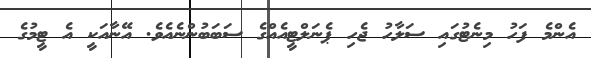
އެންމެ ފަހު މިނެޓުގައި ސަލާހު ޖެހި ޕެނަލްޓީއެއްގެ ސަބަބުންނެއެވެ. އޭނާއަކީ އެ ޓީމުގެ